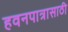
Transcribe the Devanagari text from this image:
हवनपात्रासाठी